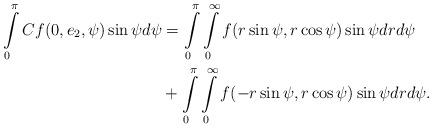
LaTeX: \begin{align*}\int\limits_0^\pi Cf(0, e_2,\psi)\sin \psi d\psi&= \int\limits_0^\pi \int\limits_0^\infty f(r\sin \psi, r\cos \psi)\sin\psi dr d\psi\\&+\int\limits_0^\pi \int\limits_0^\infty f(-r\sin \psi, r\cos \psi)\sin\psi dr d\psi.\end{align*}